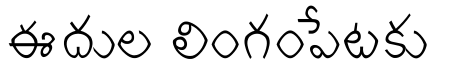
ఈదుల లింగంపేటకు